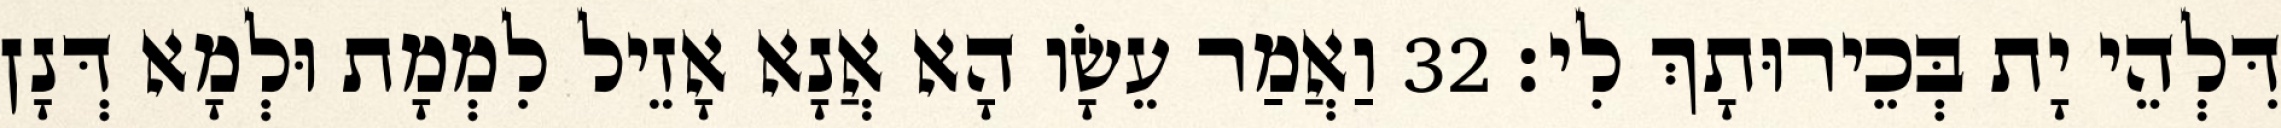
דִּלְהֵי יָת בְּכֵירוּתָךְ לִי׃ 32 וַאֲמַר עֵשָׂו הָא אֲנָא אָזֵיל לִמְמָת וּלְמָא דְּנָן